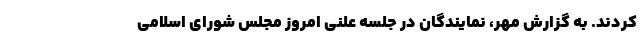
کردند. به گزارش مهر، نمایندگان در جلسه علنی امروز مجلس شورای اسلامی